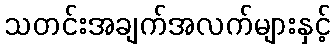
သတင်းအချက်အလက်များနှင့်